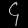
Digit: ၄